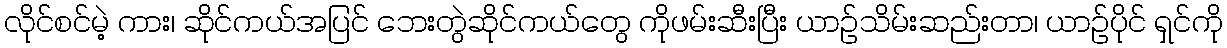
လိုင်စင်မဲ့ ကား၊ ဆိုင်ကယ်အပြင် ဘေးတွဲဆိုင်ကယ်တွေ ကိုဖမ်းဆီးပြီး ယာဉ်သိမ်းဆည်းတာ၊ ယာဉ်ပိုင် ရှင်ကို